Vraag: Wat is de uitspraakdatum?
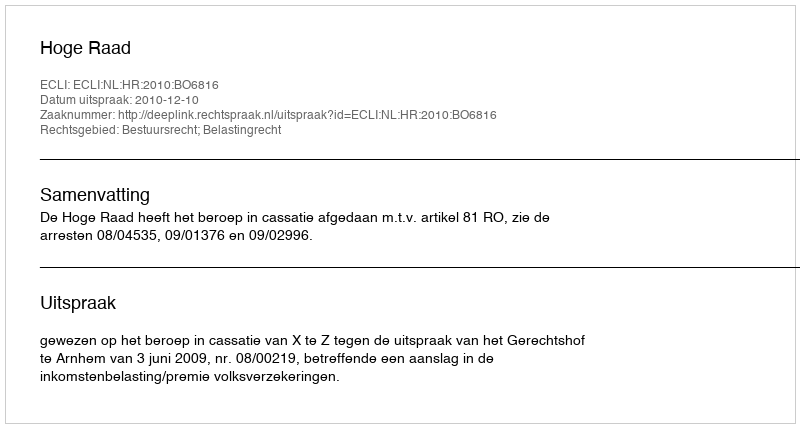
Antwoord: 2010-12-10